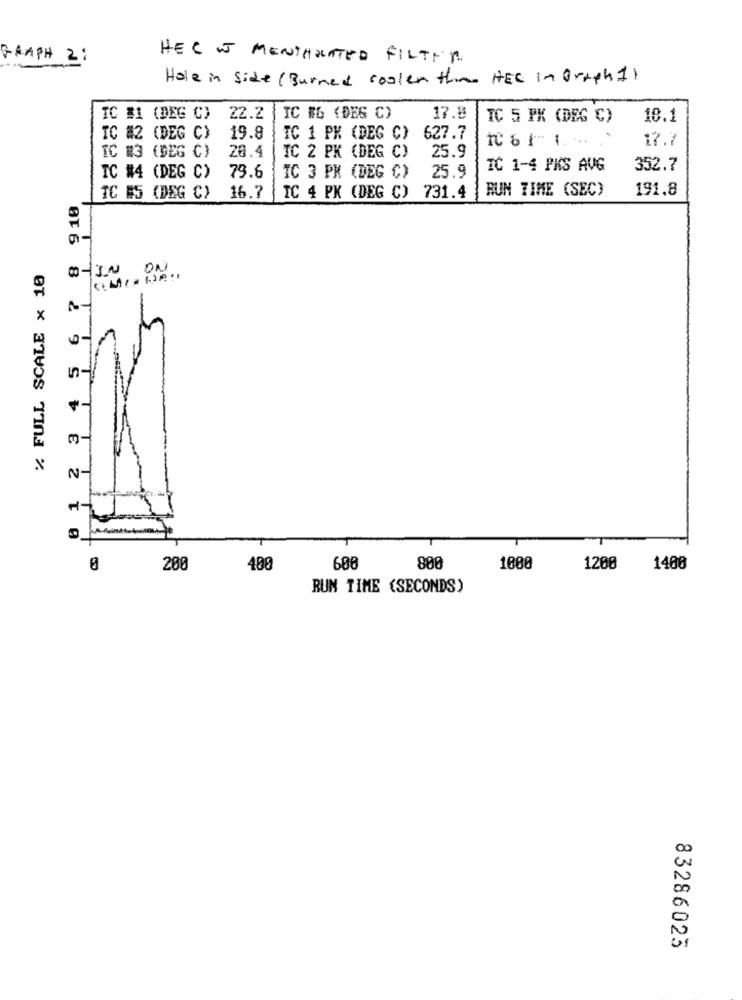
GRAPH 2:
HEC WW MENTHOLATED FILTER
Hole in Side (Burned cooler the HEC in Oraphil
IC #1 (DEG C)
22.2
IC #6 (DEG C)
17.8
TC 5 PK (DEG C)
18.1
TC #2 (DEG C)
19.8
TC 1 PK (DEG C) 627.7
-
17.7
TC #3 (DEG C) 28.4
TC 2 PK (DEG C) 25.9
IC 1-4 PKS AVG
352.7
TC #4 (DEG C) 79.6
IC 3 PK (DEG C) 25.9
RUN TIME (SEC)
191.8
0 1 2 3 4 5 6 7 8 910
TC #5 (DEG C) 16.7
IC 4 PK (DEG C) 731.4
% FULL SCALE x 10
W-IN ON
200
400
608
800
1000
1200
1400
RUN TIME (SECONDS)
83286025